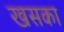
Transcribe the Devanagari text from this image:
खसका